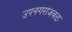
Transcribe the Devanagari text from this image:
उपनगरांजवळ